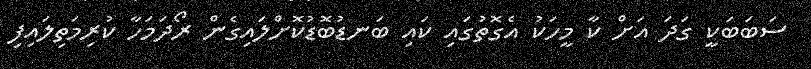
ސަބަބަކީ ގަދަ އަށް ކާ މީހަކު އެގޮތުގައި ކައި ބަނޑުބޮޑުކޮށްލައިގެން ރޯދަމަހާ ކުރިމަތިލައިފި